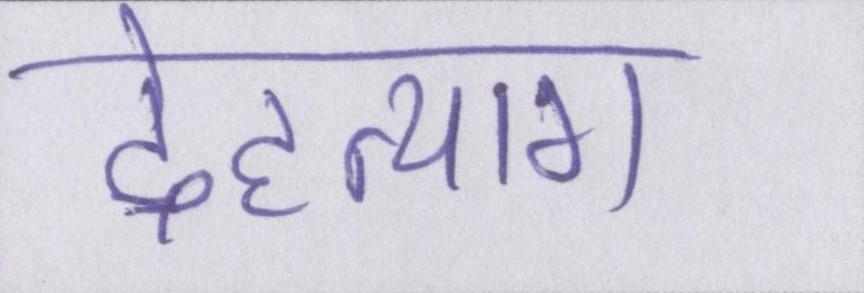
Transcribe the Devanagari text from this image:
देहत्याग